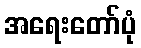
အရေးတော်ပုံ